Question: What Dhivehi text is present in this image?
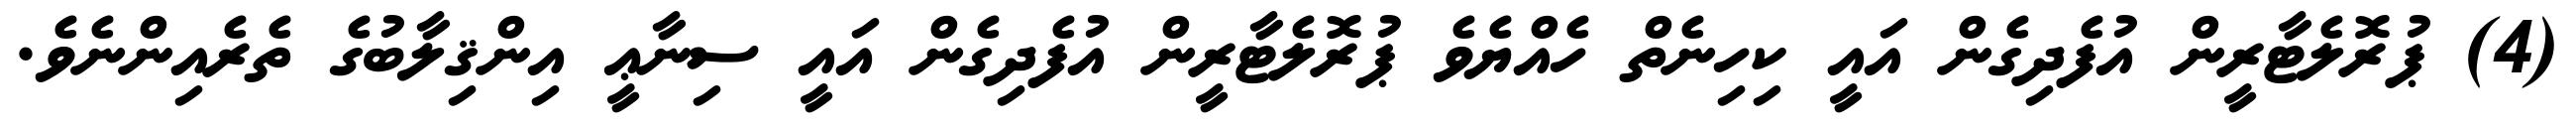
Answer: (4) ޕުރޮލެޓާރީން އުފެދިގެން އައީ ކިހިނެތް ހެއްޔެވެ ޕުރޮލެޓާރީން އުފެދިގެން އައީ ސިނާޢީ އިންޤިލާބުގެ ތެރެއިންނެވެ.